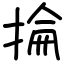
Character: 掄